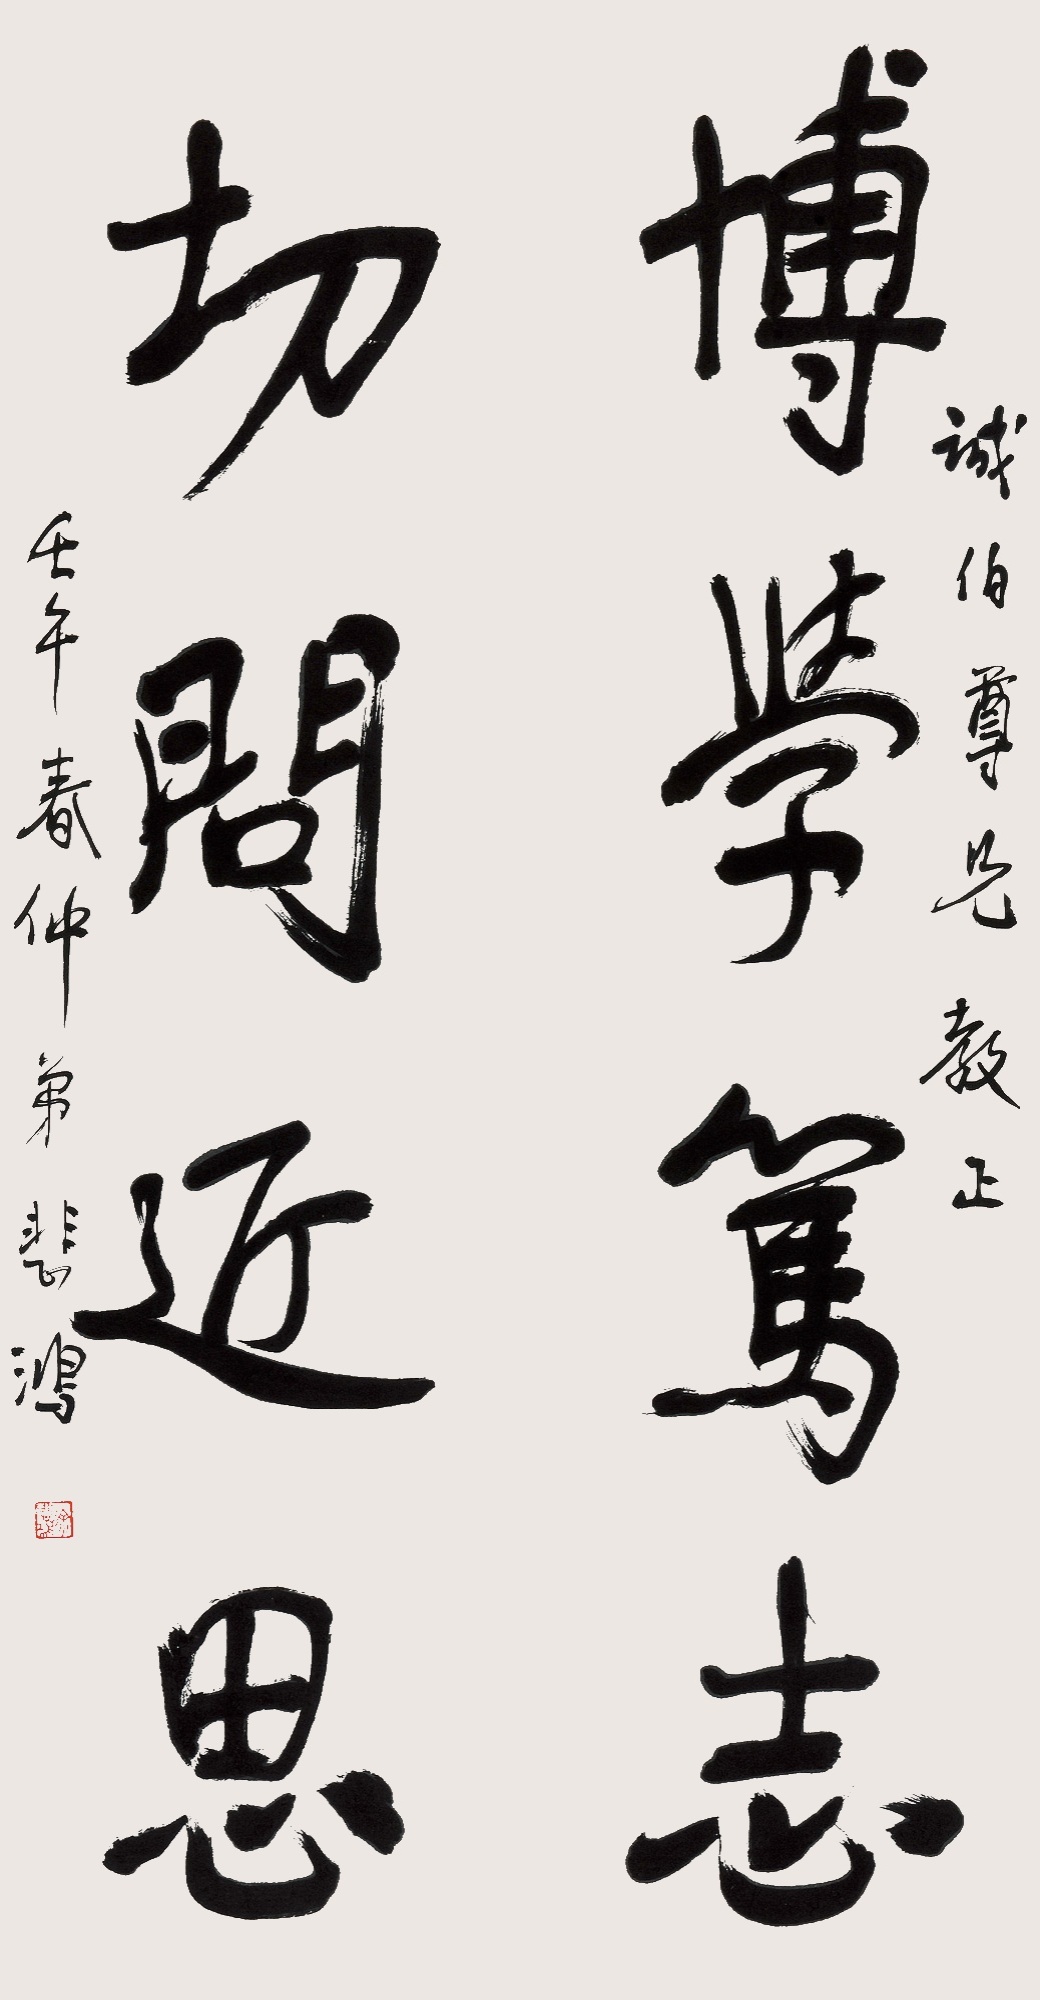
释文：博学笃志，切问近思。诚伯尊兄教正，壬午春仲弟悲鸿。